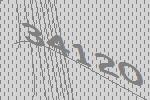
34120